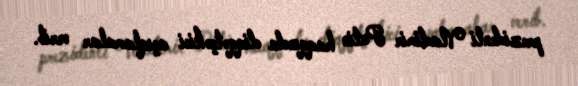
prezidenti Vladimir Putin haqqında diqqətçəkici açıqlamalar verib.